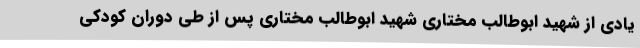
یادی از شهید ابوطالب مختاری شهید ابوطالب مختاری پس از طی دوران کودکی